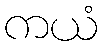
ကယံ